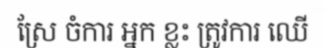
ស្រែ ចំការ អ្នក ខ្លះ ត្រូវការ ឈើ